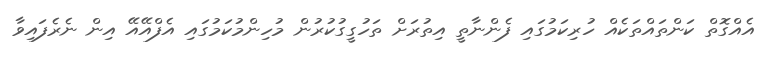
އެއްގޮތް ކަންތައްތަކެއް ހުރިކަމުގައި ފެންނާތީ އިތުރަށް ތަހުގީގުކުރުން މުހިންމުކަމުގައި އެފްއޭއޭ އިން ނެރެފައިވާ